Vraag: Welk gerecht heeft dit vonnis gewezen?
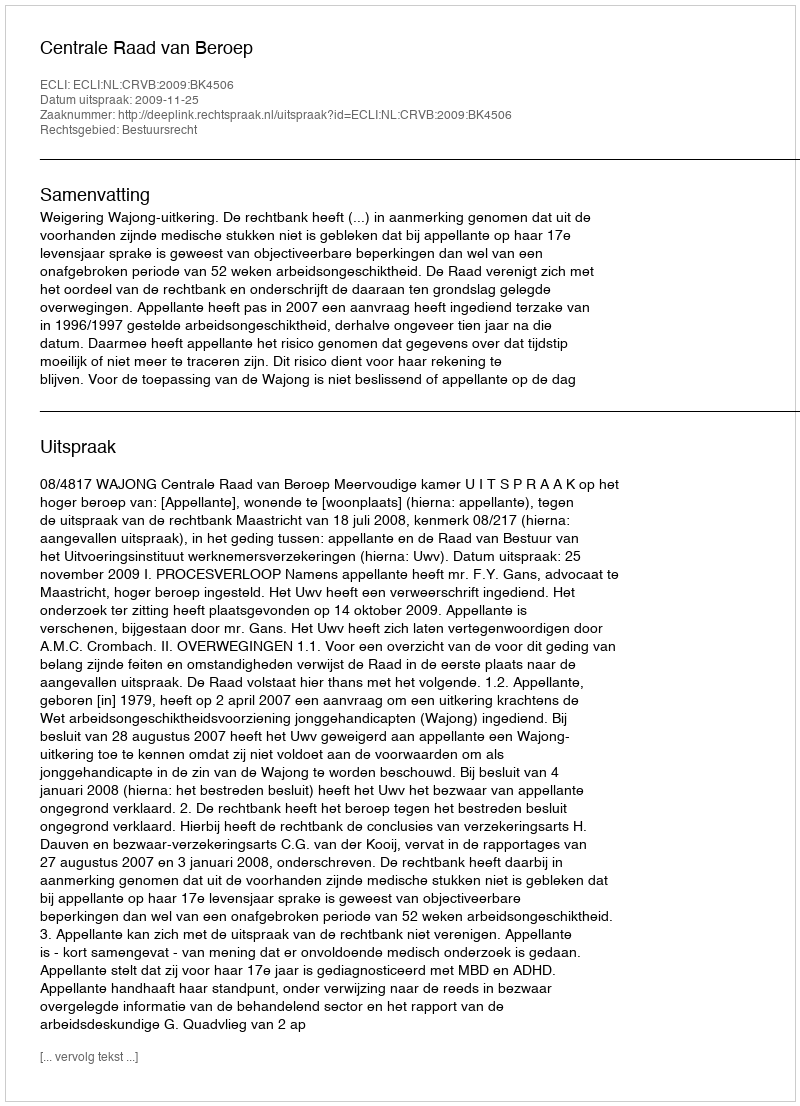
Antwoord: Centrale Raad van Beroep